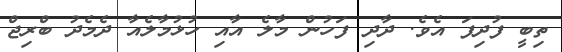
ތިބީ ފުދިފަ އެވެ. ދާދި ފަހުން މާލެ އާއި ހުޅުމާލެއާ ދެމެދު ބްރިޖް